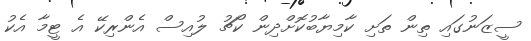
ސީޒަނުގައި ތިން ތަށި ކާމިޔާބުކޮށްދިން ކޯޗު ލުއިސް އެންރިކޭ އެ ޓީމާ އެކު